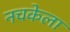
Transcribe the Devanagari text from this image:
नचकेला